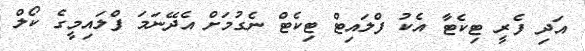
އަދި ފެރީ ޓިކެޓާ އެކު ފްލައިޓް ޓިކެޓް ނެގުމަށް އެދޭނަމަ ފްލައިމީގެ ކޯލް